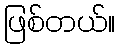
ဖြစ်တယ်။